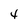
Character: 4